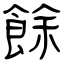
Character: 餘